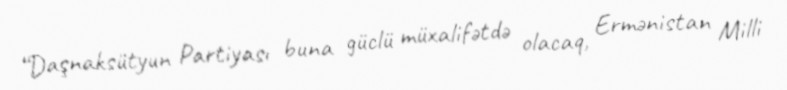
“Daşnaksütyun Partiyası buna güclü müxalifətdə olacaq, Ermənistan Milli